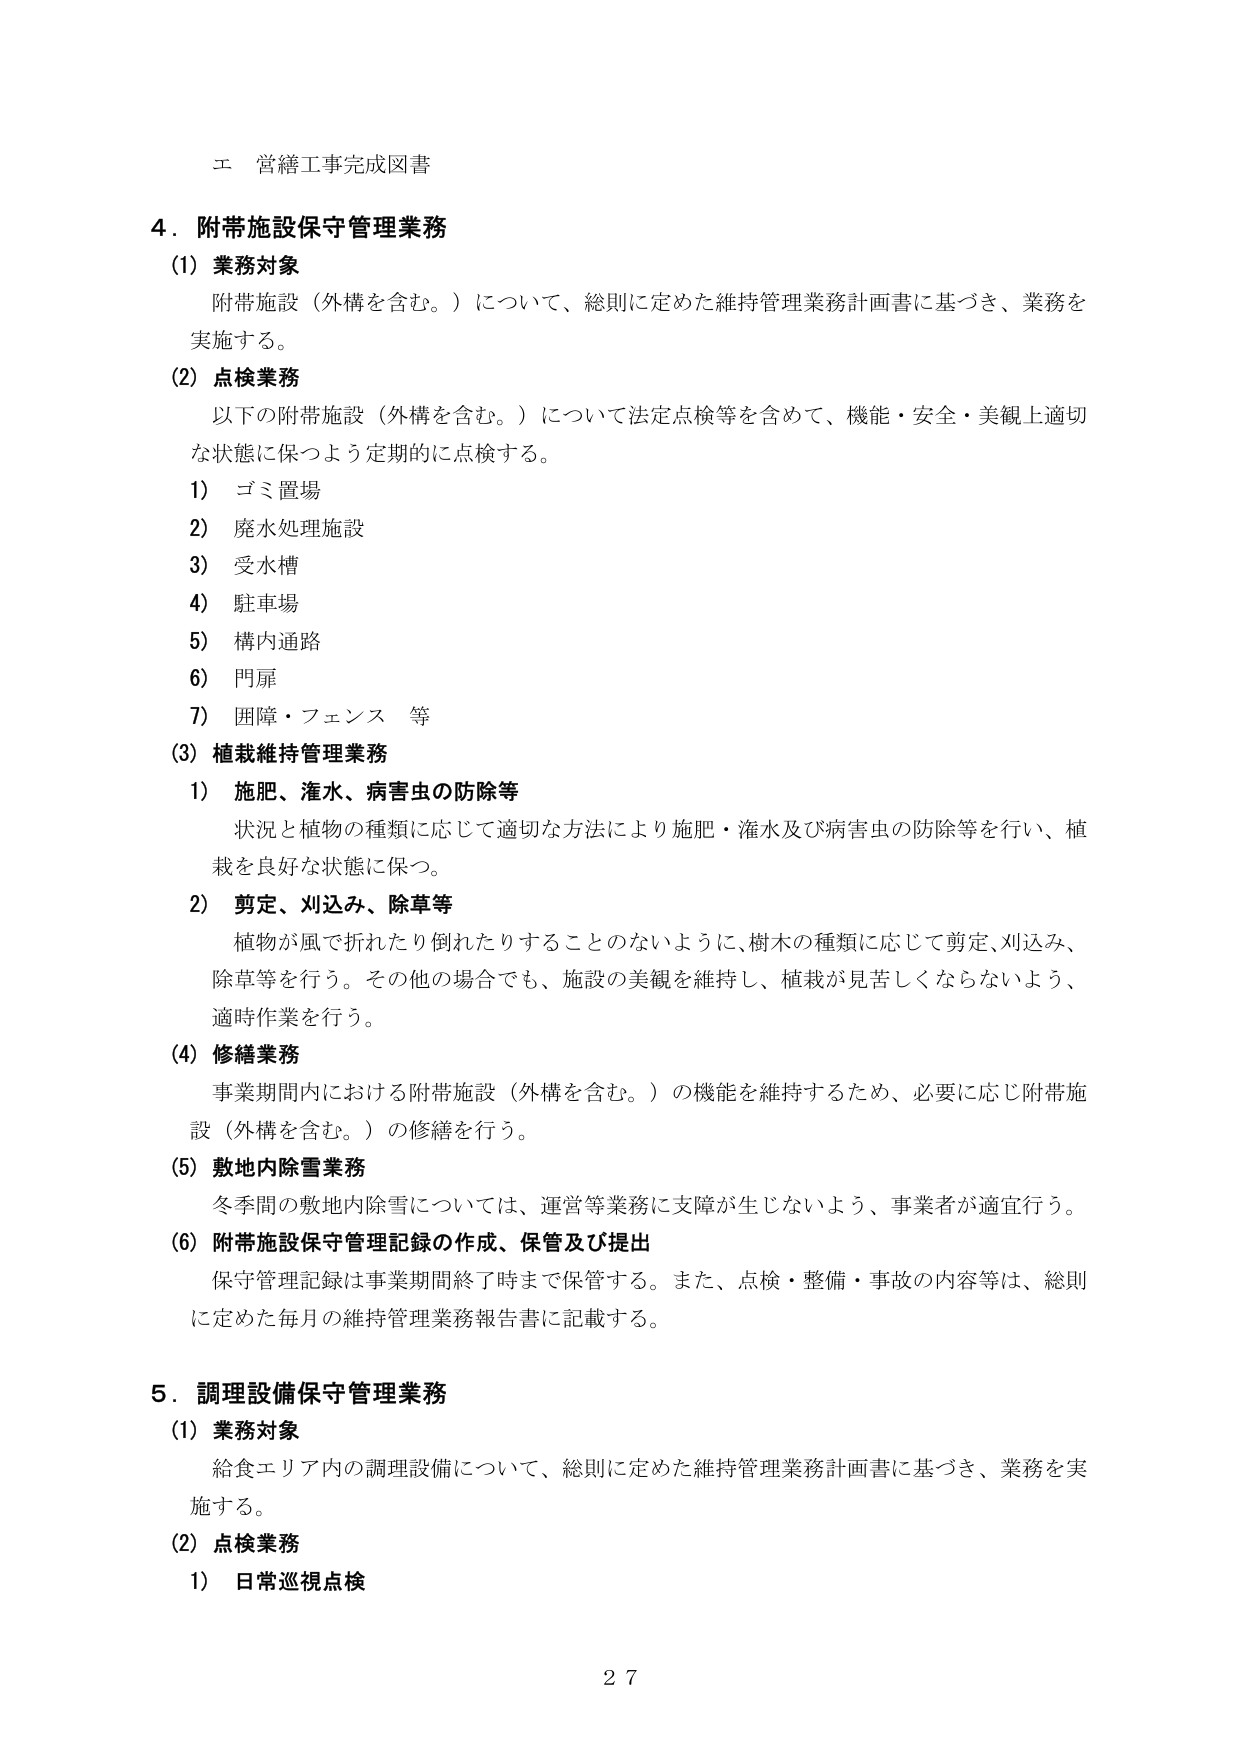
エ 営繕工事完成図書

4．附帯施設保守管理業務
(1) 業務対象
　附帯施設（外構を含む。）について、総則に定めた維持管理業務計画書に基づき、業務を
　実施する。
(2) 点検業務
　以下の附帯施設（外構を含む。）について法定点検等を含めて、機能・安全・美観上適切
　な状態に保つよう定期的に点検する。
　1) ゴミ置場
　2) 廃水処理施設
　3) 受水槽
　4) 駐車場
　5) 構内通路
　6) 門扉
　7) 囲障・フェンス 等
(3) 植栽維持管理業務
　1) 施肥、灌水、病害虫の防除等
　　状況と植物の種類に応じて適切な方法により施肥・灌水及び病害虫の防除等を行い、植
　　栽を良好な状態に保つ。
　2) 剪定、刈込み、除草等
　　植物が風で折れたり倒れたりすることのないように、樹木の種類に応じて剪定、刈込み、
　　除草等を行う。その他の場合でも、施設の美観を維持し、植栽が見苦しくならないよう、
　　適時作業を行う。
(4) 修繕業務
　事業期間内における附帯施設（外構を含む。）の機能を維持するため、必要に応じ附帯施
　設（外構を含む。）の修繕を行う。
(5) 敷地内除雪業務
　冬季間の敷地内除雪については、運営等業務に支障が生じないよう、事業者が適宜行う。
(6) 附帯施設保守管理記録の作成、保管及び提出
　保守管理記録は事業期間終了時まで保管する。また、点検・整備・事故の内容等は、総則
　に定めた毎月の維持管理業務報告書に記載する。

5．調理設備保守管理業務
(1) 業務対象
　給食エリア内の調理設備について、総則に定めた維持管理業務計画書に基づき、業務を実
　施する。
(2) 点検業務
　1) 日常巡視点検

27